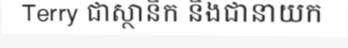
Terry ជាស្ថានិក និងជានាយក